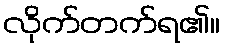
လိုက်တက်ရ၏။